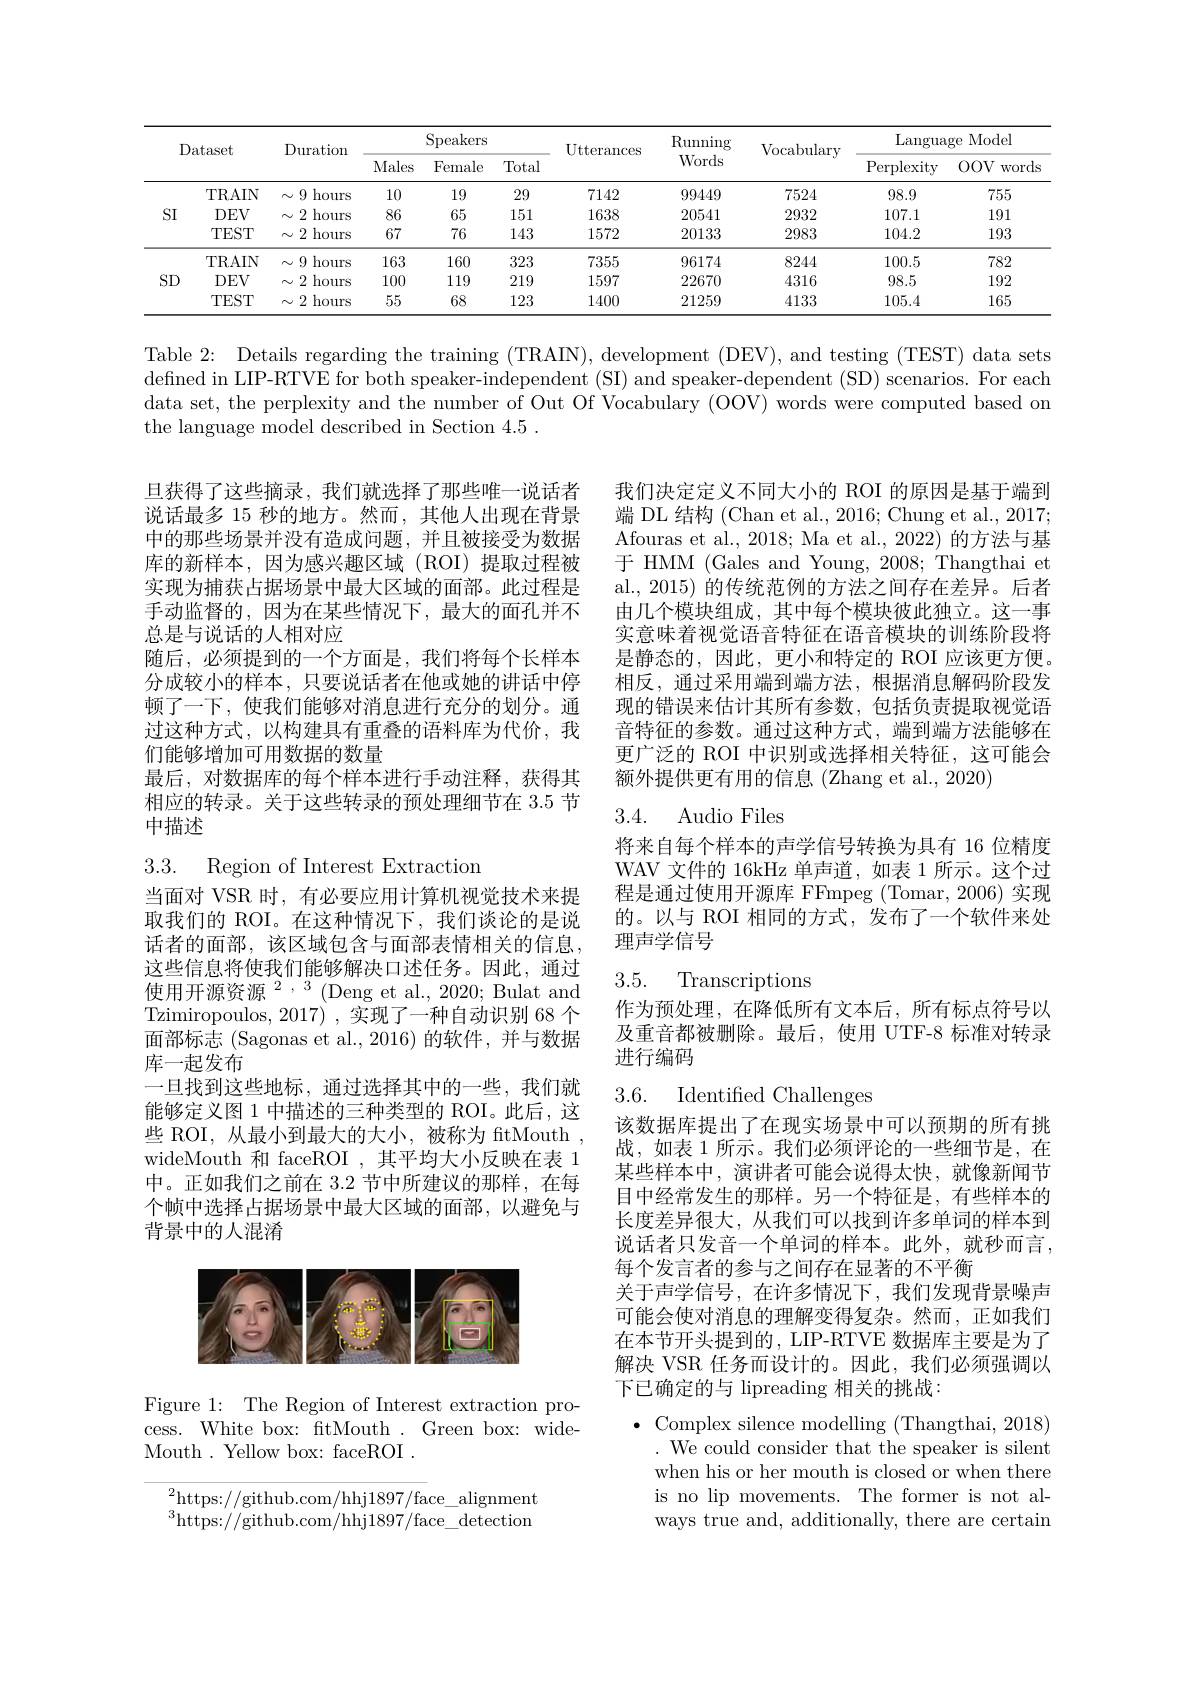
<table>
	<tbody>
		<tr>
			<th> </th>
			<th rowspan="2">ataset</th>
			<th rowspan="2">Duration</th>
			<th colspan="3">Speakers</th>
			<th rowspan="2">Utterances</th>
			<th rowspan="2">$\operatorname{Running}$ Words</th>
			<th rowspan="2">Vocabulary</th>
			<th colspan="2">$\operatorname{Language}$ Model</th>
		</tr>
		<tr>
			<th> </th>
			<th>Males</th>
			<th>Female</th>
			<th>Total</th>
			<th>$\operatorname{Perplexity}$</th>
			<th>$00V$ words</th>
		</tr>
		<tr>
			<td rowspan="3">SI</td>
			<td>TRAIN</td>
			<td>$\sim9$ hours</td>
			<td>10</td>
			<td>19</td>
			<td>29</td>
			<td>7142</td>
			<td>99449</td>
			<td>7524</td>
			<td>98.9</td>
			<td>755</td>
		</tr>
		<tr>
			<td>$DEV$</td>
			<td>2 hours $N$ ,</td>
			<td>86</td>
			<td>65</td>
			<td>151</td>
			<td>1638</td>
			<td>20541</td>
			<td>2932</td>
			<td>107.1</td>
			<td>191</td>
		</tr>
		<tr>
			<td>$TEST$</td>
			<td>2 hours $N$ , </td>
			<td>67</td>
			<td>76</td>
			<td>143</td>
			<td>1572</td>
			<td>20133</td>
			<td>2983</td>
			<td>104.2</td>
			<td>193</td>
		</tr>
		<tr>
			<td rowspan="3">SD</td>
			<td>TRAIN</td>
			<td>$\sim 9$ 1 hours</td>
			<td>163</td>
			<td>160</td>
			<td>323</td>
			<td>7355</td>
			<td>96174</td>
			<td>8244</td>
			<td>100.5</td>
			<td>782</td>
		</tr>
		<tr>
			<td>$DEV$</td>
			<td>2 hours N ,</td>
			<td>100</td>
			<td>119</td>
			<td>219</td>
			<td>1597</td>
			<td>22670</td>
			<td>4316</td>
			<td>98.5</td>
			<td>192</td>
		</tr>
		<tr>
			<td>TEST</td>
			<td>2 hours 1</td>
			<td>55</td>
			<td>68</td>
			<td>123</td>
			<td>1400</td>
			<td>21259</td>
			<td>4133</td>
			<td>105.4</td>
			<td>165</td>
		</tr>
	</tbody>
</table>

Table 2: Details regarding the training (TRAIN), development (DEV), and testing (TEST) data sets defned in LIP-RTVE for both speaker-independent (SI) and speaker-dependent (SD) scenarios. For each data set, the perplexity and the number of Out Of Vocabulary (OOV) words were computed based on the language model described in Section 4.5 .

我们决定定义不同大小的 ROI 的原因是基于端到端 DL 结构 (Chan et al., 2016; Chung et al., 2017; Afouras et al., 2018; Ma et al., 2022) 的方法与基于 HMM (Gales and Young, 2008; Thangthai et al., 2015) 的传统范例的方法之间存在差异。后者由几个模块组成，其中每个模块彼此独立。这一事实意味着视觉语音特征在语音模块的训练阶段将是静态的，因此，更小和特定的 ROI 应该更方便。相反，通过采用端到端方法，根据消息解码阶段发现的错误来估计其所有参数，包括负责提取视觉语音特征的参数。通过这种方式，端到端方法能够在更广泛的 ROI 中识别或选择相关特征，这可能会额外提供更有用的信息(Zhang et al., 2020)

旦获得了这些摘录，我们就选择了那些唯一说话者说话最多 15 秒的地方。然而，其他人出现在背景中的那些场景并没有造成问题，并且被接受为数据库的新样本，因为感兴趣区域(ROI)提取过程被实现为捕获占据场景中最大区域的面部。此过程是手动监督的，因为在某些情况下，最大的面孔并不总是与说话的人相对应
随后，必须提到的一个方面是，我们将每个长样本分成较小的样本，只要说话者在他或她的讲话中停顿了一下，使我们能够对消息进行充分的划分。通过这种方式，以构建具有重叠的语料库为代价，我们能够增加可用数据的数量
最后，对数据库的每个样本进行手动注释，获得其相应的转录。关于这些转录的预处理细节在 3.5 节中描述

3.4. Audio Files

3.3. Region of Interest Extraction

将来自每个样本的声学信号转换为具有 16 位精度WAV 文件的 16kHz 单声道，如表 1 所示。这个过程是通过使用开源库 FFmpeg (Tomar,2006) 实现的。以与 ROI 相同的方式，发布了一个软件来处理声学信号

## 3.5. Transcriptions

作为预处理，在降低所有文本后，所有标点符号以及重音都被删除。最后，使用 UTF-8 标准对转录进行编码

当面对 VSR 时，有必要应用计算机视觉技术来提取我们的 ROI。在这种情况下，我们谈论的是说话者的面部，该区域包含与面部表情相关的信息， 这些信息将使我们能够解决口述任务。因此，通过使用开源资源$^2,3($Deng et al., 2020; Bulat and Tzimiropoulos, 2017) , 实现了一种自动识别 68 个面部标志 (Sagonas et al.,2016)的软件，并与数据库一起发布
一旦找到这些地标，通过选择其中的一些，我们就能够定义图 1 中描述的三种类型的 ROI。此后，这些 ROI, 从最小到最大的大小，被称为 ftMouth , wideMouth 和 faceROI ,其平均大小反映在表 1中。正如我们之前在 3.2 节中所建议的那样，在每个帧中选择占据场景中最大区域的面部，以避免与背景中的人混淆

3.6. Identified Challenges

该数据库提出了在现实场景中可以预期的所有挑战，如表 1 所示。我们必须评论的一些细节是，在某些样本中，演讲者可能会说得太快，就像新闻节目中经常发生的那样。另一个特征是，有些样本的长度差异很大，从我们可以找到许多单词的样本到说话者只发音一个单词的样本。此外，就秒而言， 每个发言者的参与之间存在显著的不平衡
关于声学信号，在许多情况下，我们发现背景噪声可能会使对消息的理解变得复杂。然而，正如我们在本节开头提到的，LIP-RTVE 数据库主要是为了解决 VSR 任务而设计的。因此，我们必须强调以下已确定的与 lipreading 相关的挑战：

<FigureHere>

Figure 1: The Region of Interest extraction process. White box: ftMouth . Green box: wideMouth . Yellow box: faceROI

$\bullet$ Complex silence modelling (Thangthai, 2018)
. We could consider that the speaker is silent when his or her mouth is closed or when there is no lip movements. The former is not always true and, additionally, there are certain

$^{2}$https://github.com/hhj1897/face\_alignment $^{3}$https://github.com/hhj1897/face\_detection